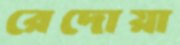
রেদোয়া